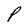
Character: P